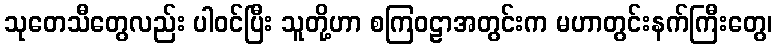
သုတေသီတွေလည်း ပါဝင်ပြီး သူတို့ဟာ စကြဝဠာအတွင်းက မဟာတွင်းနက်ကြီးတွေ၊